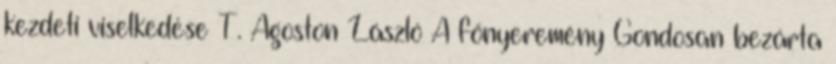
kezdeti viselkedése T. Ágoston László A főnyeremény Gondosan bezárta